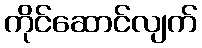
ကိုင်ဆောင်လျက်